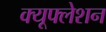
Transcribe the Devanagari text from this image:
क्यूफ्लेशन